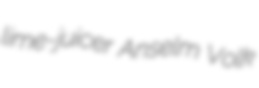
lime-juicer Anselm Volk